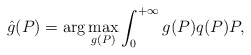
\begin{align*}\hat{g}(P) = \arg \max_{g(P)} \int_0^{+\infty} g(P) q(P) P,\end{align*}